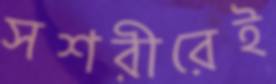
সশরীরেই